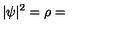
| \psi | ^ { 2 } = \rho =